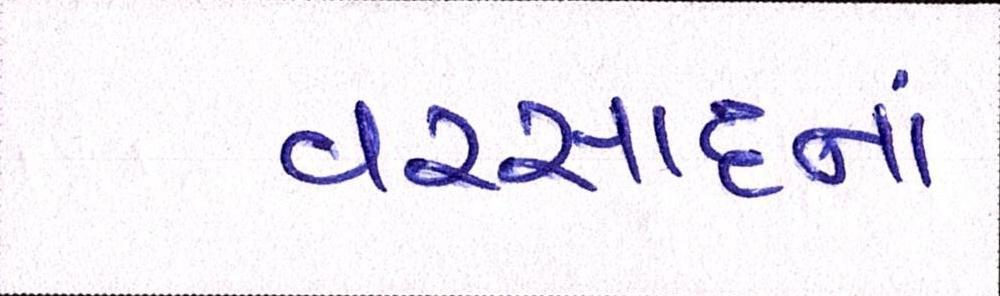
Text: વરસાદનાં